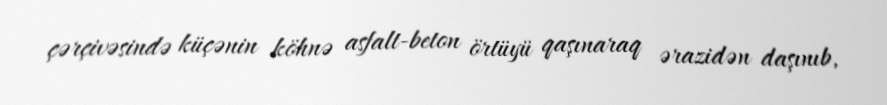
çərçivəsində küçənin köhnə asfalt-beton örtüyü qaşınaraq ərazidən daşınıb,